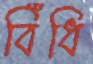
বিঁধি